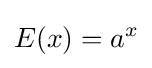
E(x)=a^{x}